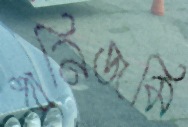
ধানিজমি